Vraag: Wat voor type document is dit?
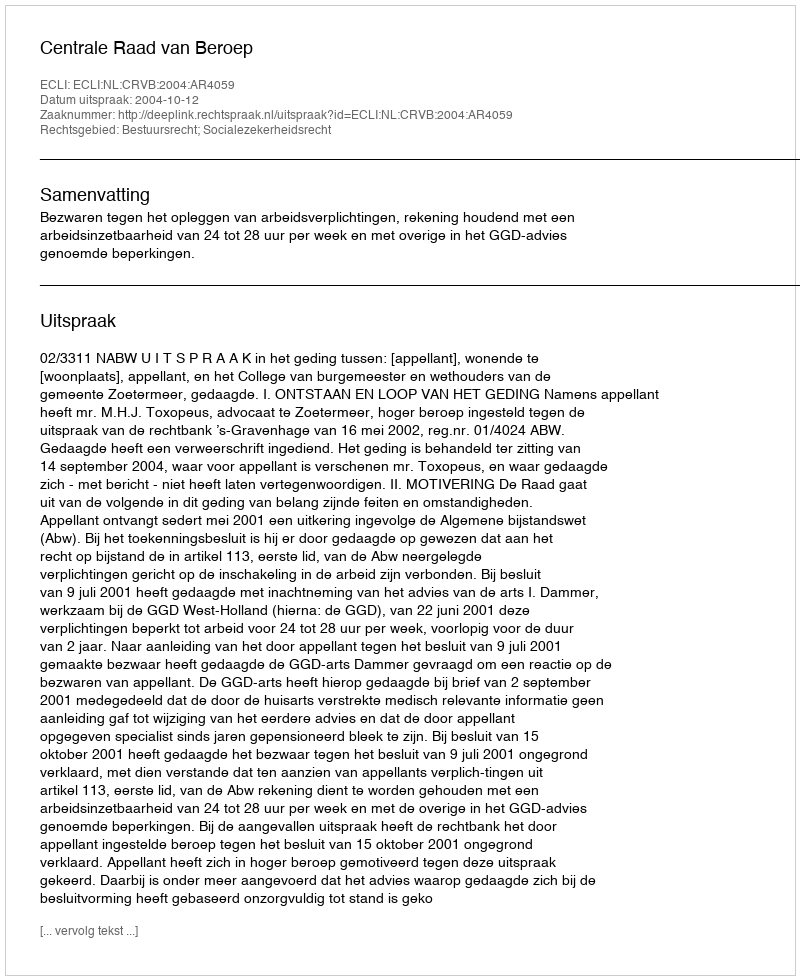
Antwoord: Uitspraak